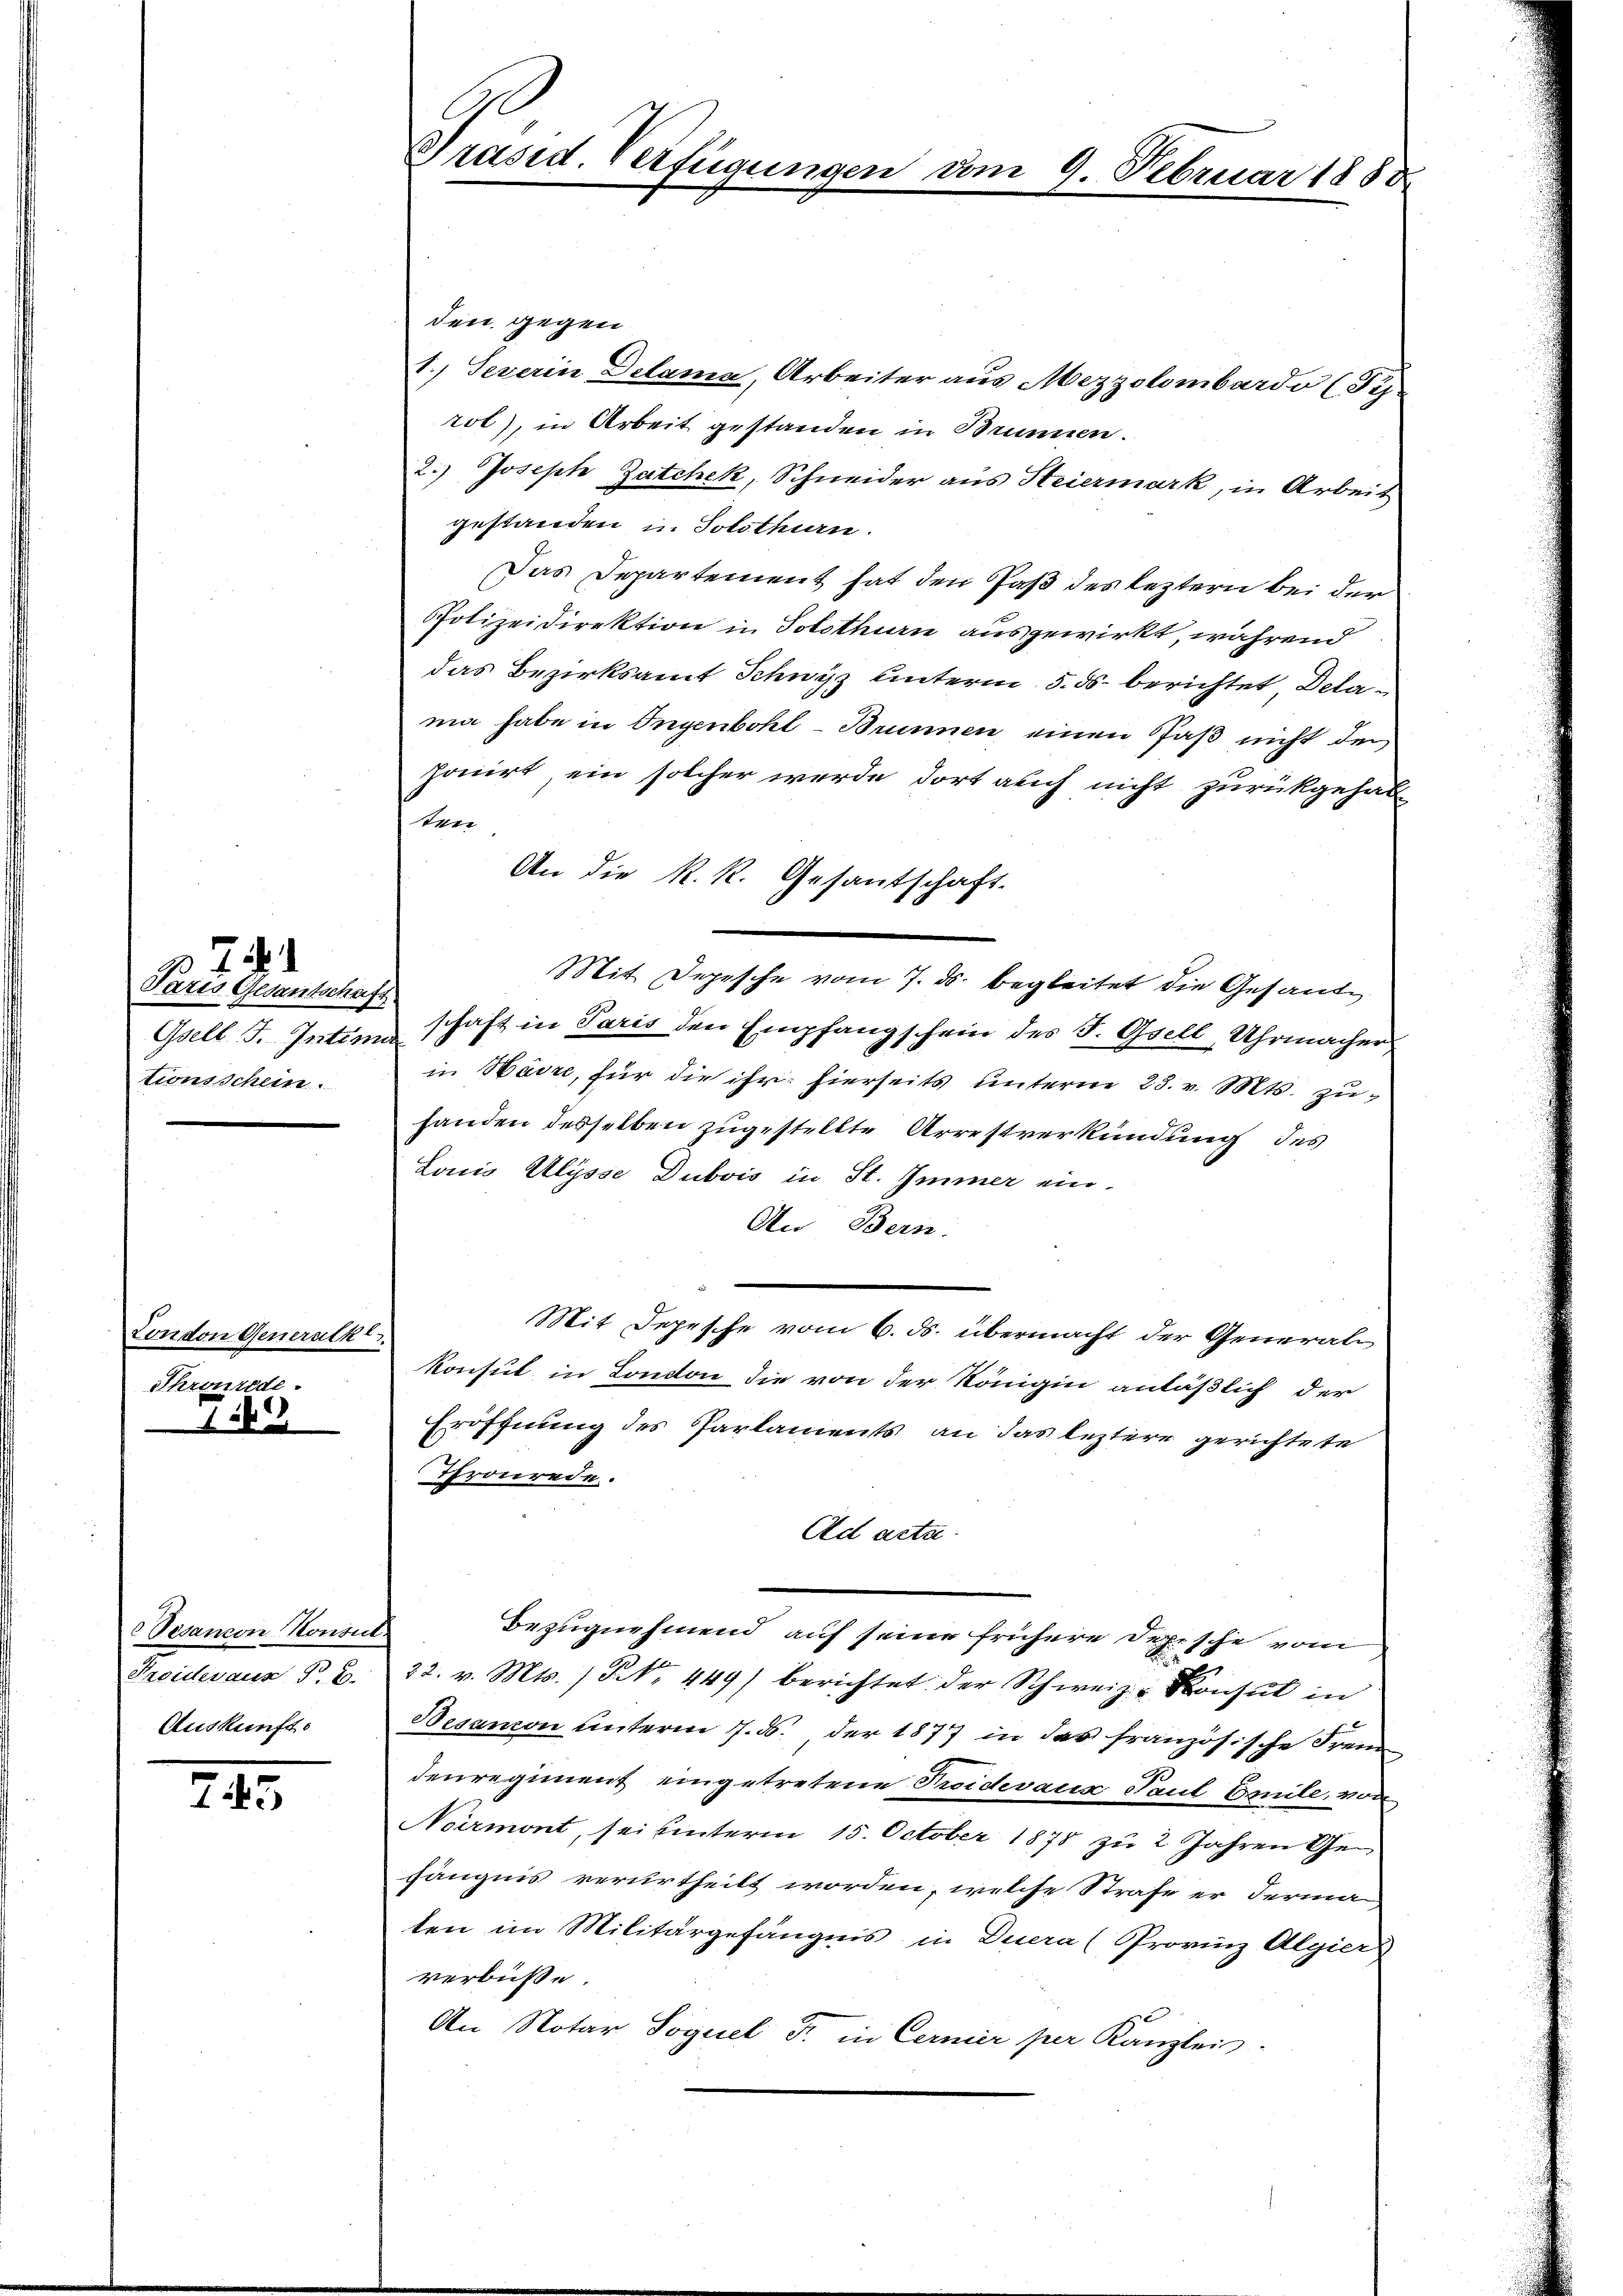
Paris Gesantschaft
tionsschein

74

Condon Generath
Ahrourede.

7.0

Disancon Konsen
Freideraus §. 2.
Auskunft

745

Präsid. Verfügungen am 9. Februar 1888

den gegen
1.) Severin Delama, Arbeiter aus Mezzolombardo (Fis-
rot), in Arbeit gestanden in Brunnen.
2.) Joseph Zatchek, Schneider aus Steiermark, in Arbeit
gestanden in Solothurn.
Das Departement hat den Paß des leztern bei der
Polizeidirektion in Solothurn ausgewirkt, während
das Bezirksamt Schwyz unterm 5. ds. berichtet Delama habe in Ingenbohl-Brunnen einen Paß nicht den
ponirt, ein solcher werde dort auch nicht zurückgehab
n
Mit Depesche vom 7. ds. begleitet die Gesande
Gsell I. Intim schaft in Paris den Empfangschein des J. Gsell, Uhrmacher
in Havre, für die ihr hierseits unterm 25. v. Mts. zuhanden desselben zugestellte Arrestverkündung des
Lonio Alysse Dubois in St. Immer ein-
An Bern.
Mit Sepesche vom 6. ds. übermacht der General
konsul in London die von der Königin anläßlich der
Eröffnung des Parlaments an das leztere gerichtete
Thronrede.
Ad acta.
c
Bezugnehmend auf seine frühere Depesche vom
22. v. Mts. (N. N. 449) berichtet der Schweiz. Konsul in
Besamon unterm 7. ds. der 1877 in der französische Freu
denregiment eingetretene Proidevacis Paul Emile, von
Noirmont, sei unterm 15. October 1878 zu 2 Jahren Gefängnis verurtheilt worden, welche Strafe er derma
ten im Militärgefängnis in Duera (Provinz Algier)
verbüße.
An Notar Soguel F. in Cernier per Kanzlei-

An die R. R. Gesantschaft.